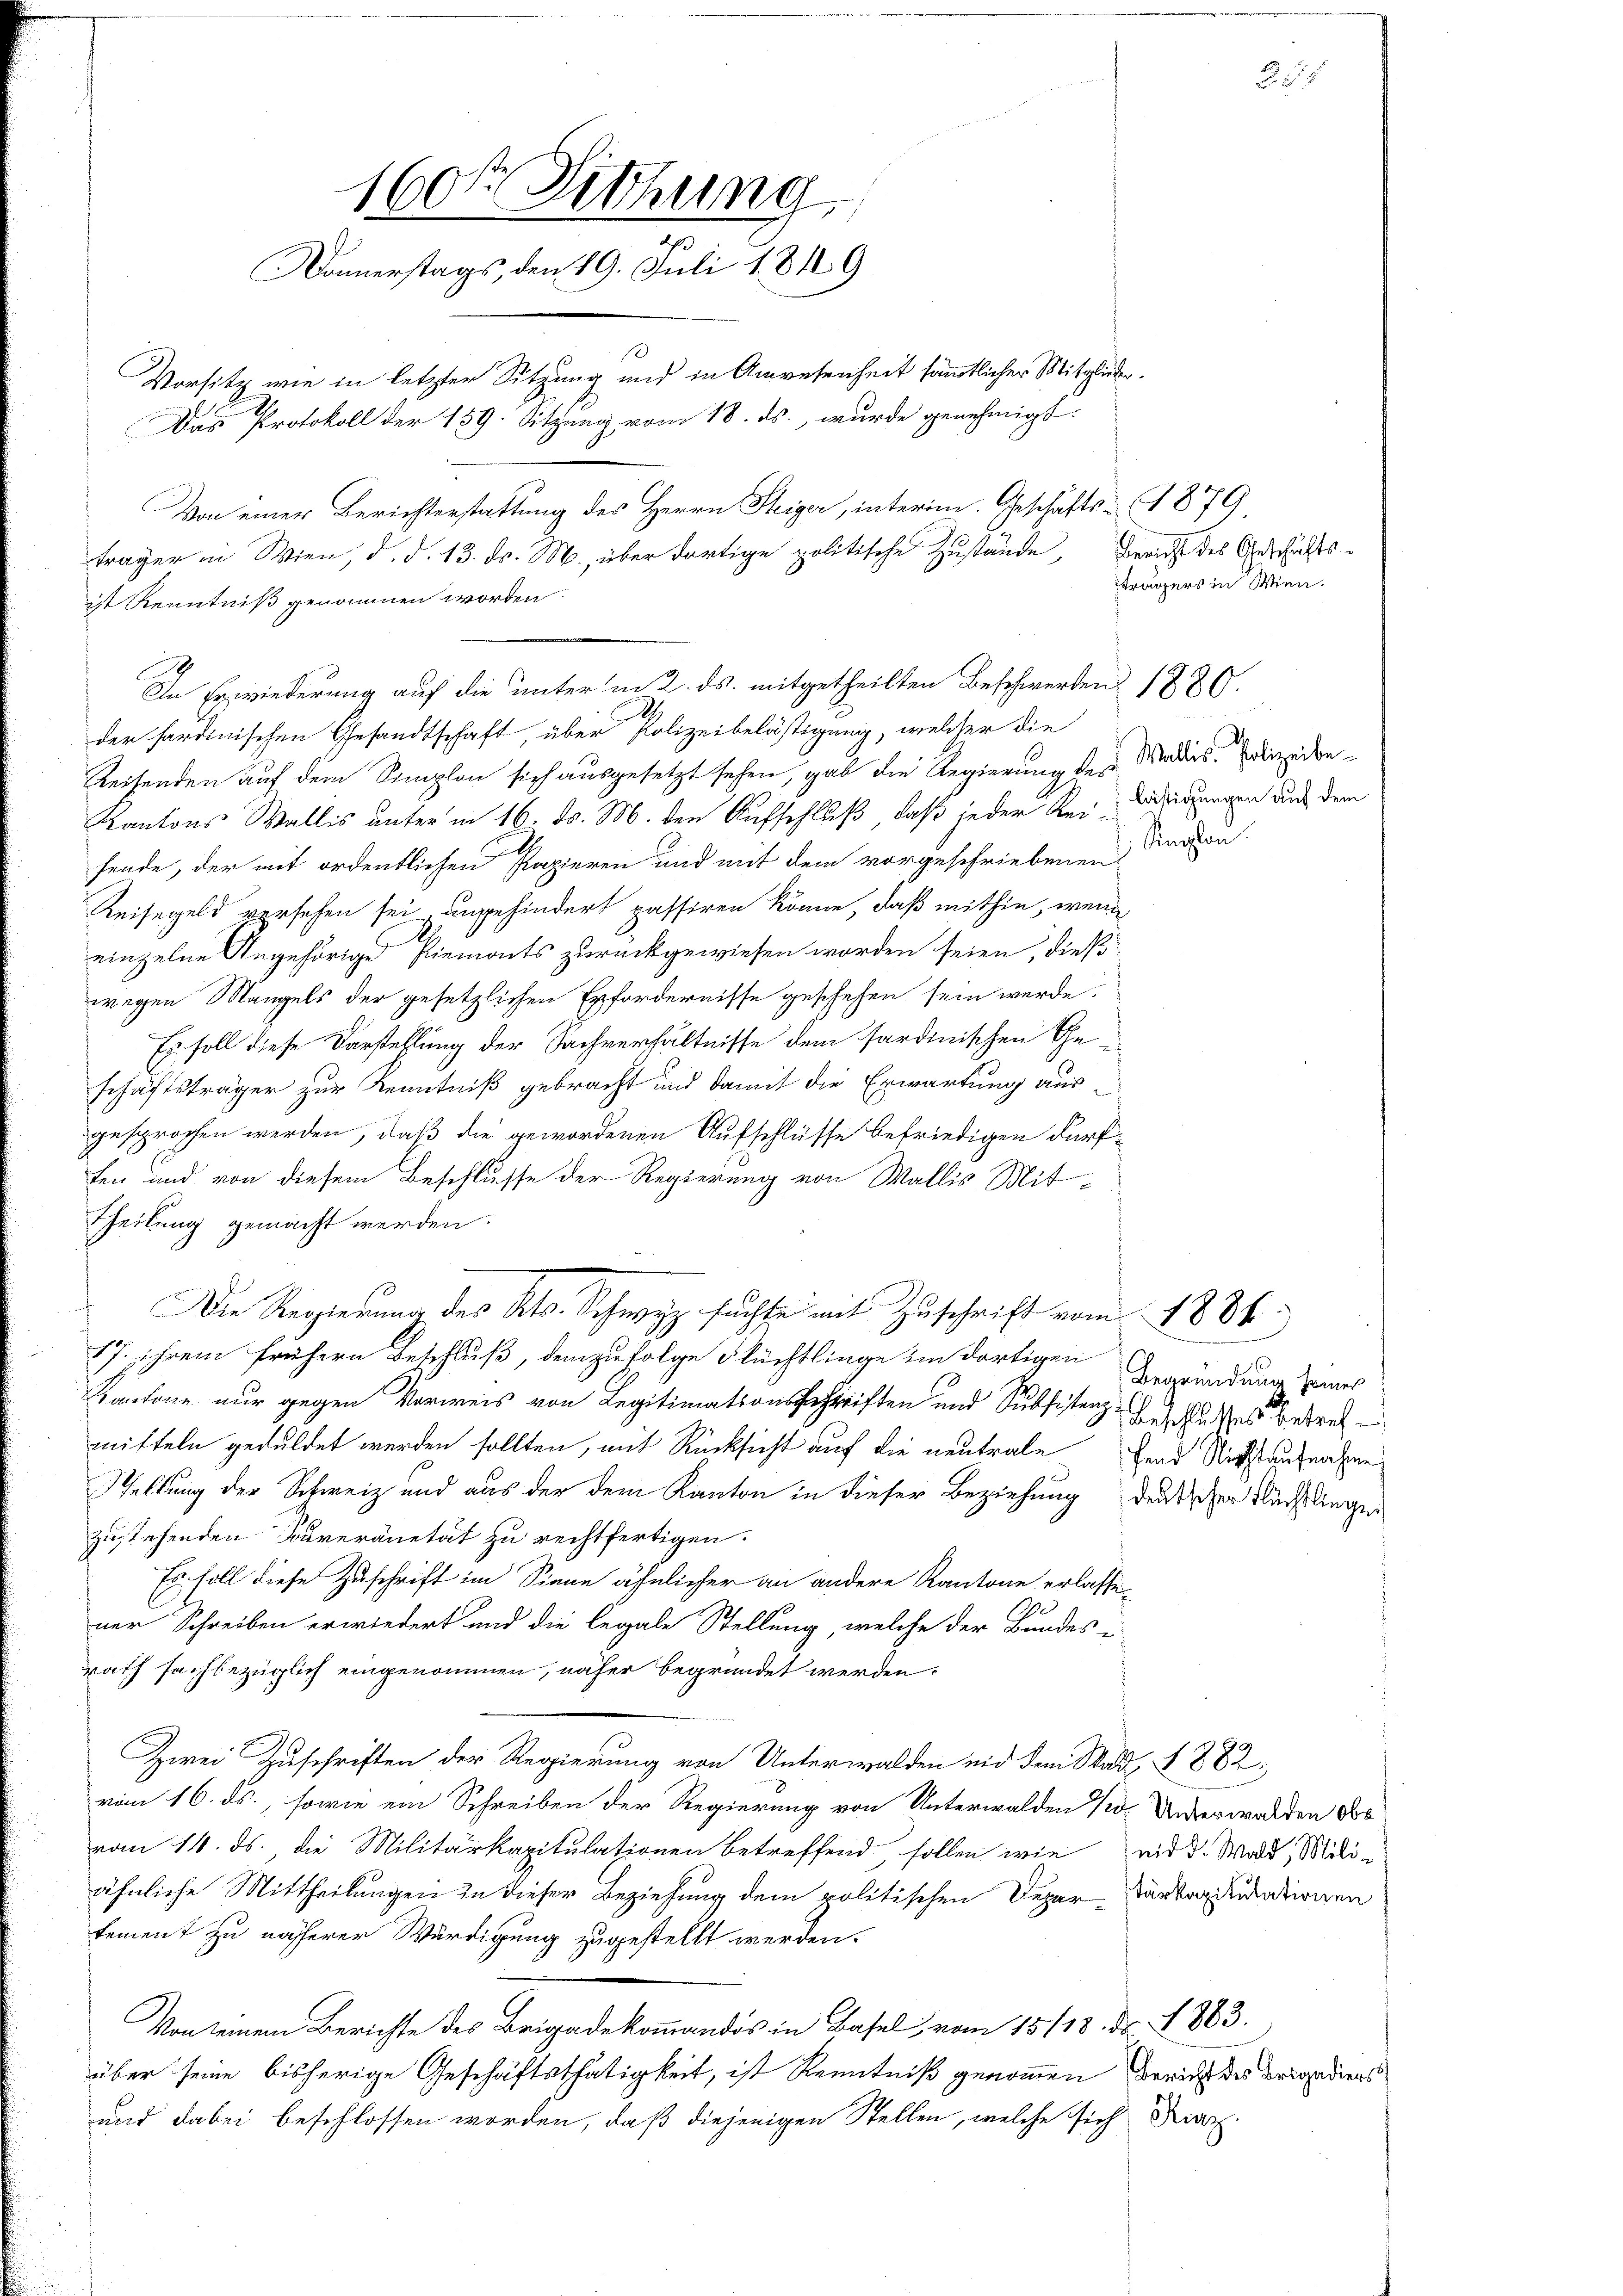
160t Sitzung
Donnerstags, den 29. Juli 1849
Vorsitz wie in letzter Sitzung und in Anwesenheit sämmtlicher Mitglieder.
Das Protokoll der 159. Sitzung vom 18. ds., wurde genehmigt.
Von einer Berichterstattung des Herrn Steiger, interim Geschäfts- 1879
träger in Wien, d. d. 13. d. M., über dortige politische Zustände, Gericht des Geschäfts¬

So
der sardinischen Gesandtschaft, über Polizeibelästigung, welcher die
Reisenden auf dem Simplon sich ausgesetzt sehen, gab die Regierung der Medies die be¬
Kantons Wallis unter in 16. ds. M. den Aufschluß, daß jeder Reidigungen aus dem
fende, der mit ordentlichen Papieren und mit dem vorgeschriebenen Karton
Reisegeld versehen sei angehindert passiren könne, daß mithin, wenn
einzelne Angehörige Piemonts zurückgewiesen worden seien, dieß
wegen Mangels der gesetzlichen Erfordernisse geschehen sein werde.
Es soll diese Vorstellung der Sachverhältnisse dem sardinischen Geschäftsträger zur Kenntniß gebracht und damit die Erwartung ausgesprochen werden, daß die gewordenen Aufschlüsse befriedigen dürften und von diesem Beschlusse der Regierung von Wallis Mit¬
Theilung gemacht werden:
Die Regierung des Kts. Schwyz suchte mit Zuschrift vom 1886.
17. ihrem frühern Beschluß, demzufolge Flüchtlinge im dortigen Begründung sas
Kantone nur gegen Vorweis von Legitimationsgeschriften und Subsistenz Beschlusses berech
mitteln geduldet werden sollten, mit Rücksicht auf die neutrale Fund Nichtaufnahme
eltung der Schweiz und aus der dem Kanton in dieser Beziehung deutscher Recht angen
zustehenden Souveränetät zu rechtfertigen.
Es soll diese Zuschrift im Sinne ähnlicher an andere Kantone erlasse
.
ner Schreiben erwiedert und die legale Stellung, welche der Bundes i
rath sachbezüglich eingenommen, näher begründet werden.
Zwei Zuschriften der Regierung von Unterwalden nid dem Stadt, § 282.
vom 16. ds., sowie ein Schreiben der Regierung von Unterwalden 10. Underwalden doc
vom 11. ds., die Militärkapitulationen betreffend, sollen wie wird. Wald, Miliähnliche Mittheilungen zu dieser Beziehung dem politischen Deper Cantariationen
tement zu näherer Würdigung zugestellt werden.
Von seinem Berichte des Brigadekommandos in Basel vom 15.118. d. 1883.
über seine bisherige Geschäftsthätigkeit, ist Kenntniß genommen reicht des beigediers
und dabei beschlossen worden, daß diejenigen Stellen, welche sich Kurz

ist Kenntniß genommen worden.
In Erwiederung auf die unter in 2. ds. mitgetheilten Beschwerden 1880.

trägers in Wien.